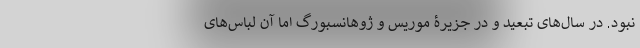
نبود. در سال‌های تبعید و در جزیرۀ موریس و ژوهانسبورگ اما آن لباس‌های